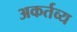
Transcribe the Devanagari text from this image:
अकर्तव्य